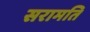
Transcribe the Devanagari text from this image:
सरामति